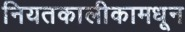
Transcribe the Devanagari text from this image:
नियतकालीकामधून